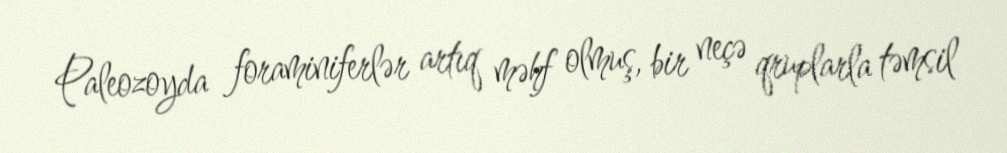
Paleozoyda foraminiferlər artıq məhf olmuş, bir neçə qruplarla təmsil